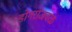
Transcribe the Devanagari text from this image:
डोंगराजवळ